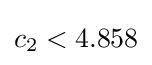
c_{2}<4.858